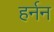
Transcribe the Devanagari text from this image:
हर्नन